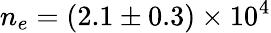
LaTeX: n_{e}=(2.1\pm 0.3)\times 10^{4}